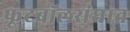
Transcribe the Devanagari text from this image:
फूटबॉलसंघात